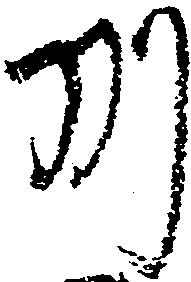
州